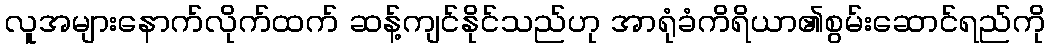
လူအများနောက်လိုက်ထက် ဆန့်ကျင်နိုင်သည်ဟု အာရုံခံကိရိယာ၏စွမ်းဆောင်ရည်ကို